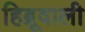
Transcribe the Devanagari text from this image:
हिब्रूवाली